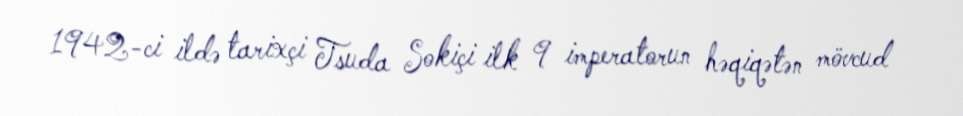
1942-ci ildə tarixçi Tsuda Sokiçi ilk 9 imperatorun həqiqətən mövcud